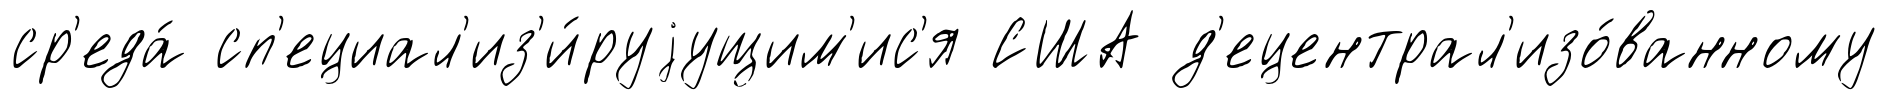
ср'еда́ сп'ециал'из'и́руjущим'ис'я США д'ецентрал'изо́ванному